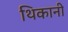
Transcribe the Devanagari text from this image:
थिकानी